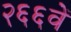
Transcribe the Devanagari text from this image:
२६६वें